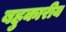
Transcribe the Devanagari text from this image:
बहुकारीय